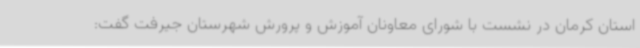
استان کرمان در نشست با شورای معاونان آموزش و پرورش شهرستان جیرفت گفت: